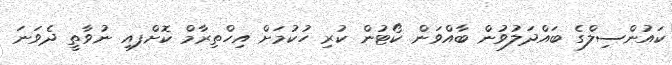
ކައުންސިލްގެ ބައްދަލުވުން ބާއްވަން ކޯޓުން ކުރި ހުކުމަށް އިހްތިރާމް ކޮށްފއި ނުވާތީ ދެވަނަ